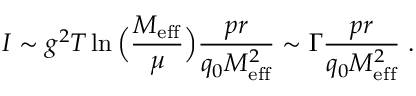
I \sim g ^ { 2 } T \ln \Big ( { \frac { M _ { \mathrm { e f f } } } { \mu } } \Big ) { \frac { p r } { q _ { 0 } M _ { \mathrm { e f f } } ^ { 2 } } } \sim \Gamma { \frac { p r } { q _ { 0 } M _ { \mathrm { e f f } } ^ { 2 } } } \; .